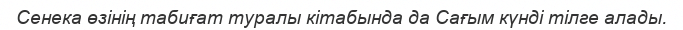
Сенека өзінің табиғат туралы кітабында да Сағым күнді тілге алады.